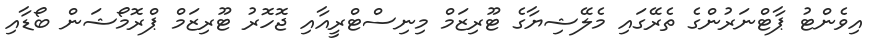
އިވެންޓު ޕާޓްނަރުންގެ ތެރޭގައި މެލޭޝިޔާގެ ޓޫރިޒަމް މިނިސްޓްރީއާއި ޖޮހޮރު ޓޫރިޒަމް ޕްރޮމޯޝަން ބޯޑާއި